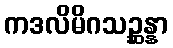
ကဒလိမိဂသဉ္ဆန္နာ